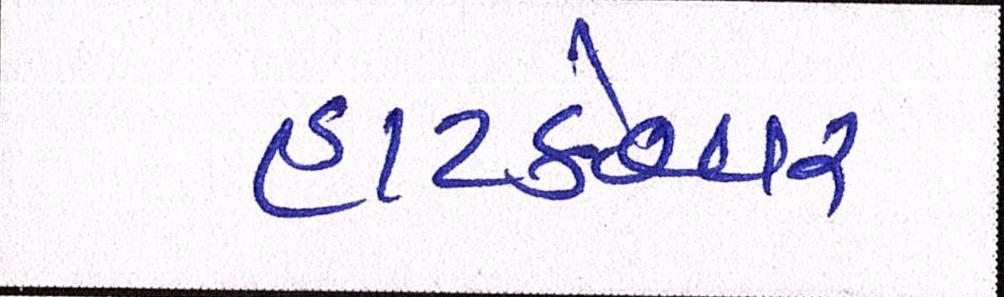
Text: હાટકેશ્વર